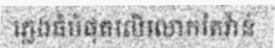
ភ្លេងធំបំផុតលើលោកតៃវ៉ាន់